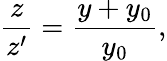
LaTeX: \frac{z}{z^{\prime}}=\frac{y+y_{0}}{y_{0}},